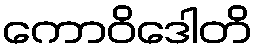
ကောဝိဒေါတိ